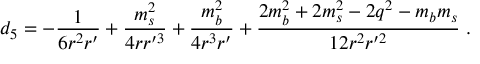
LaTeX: d _ { 5 } = - { \frac { 1 } { 6 r ^ { 2 } r ^ { \prime } } } + { \frac { m _ { s } ^ { 2 } } { 4 r r ^ { \prime 3 } } } + { \frac { m _ { b } ^ { 2 } } { 4 r ^ { 3 } r ^ { \prime } } } + { \frac { 2 m _ { b } ^ { 2 } + 2 m _ { s } ^ { 2 } - 2 q ^ { 2 } - m _ { b } m _ { s } } { 1 2 r ^ { 2 } r ^ { \prime 2 } } } \; .